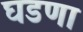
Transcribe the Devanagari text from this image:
घडणा